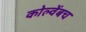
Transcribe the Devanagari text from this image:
कोल्वेंबच